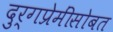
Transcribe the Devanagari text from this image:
दुर्गप्रेमींसोबत